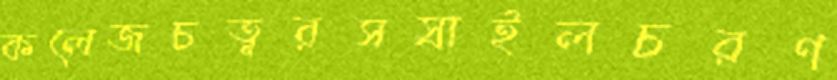
কলেজচত্বরসস্রাইলচরণ